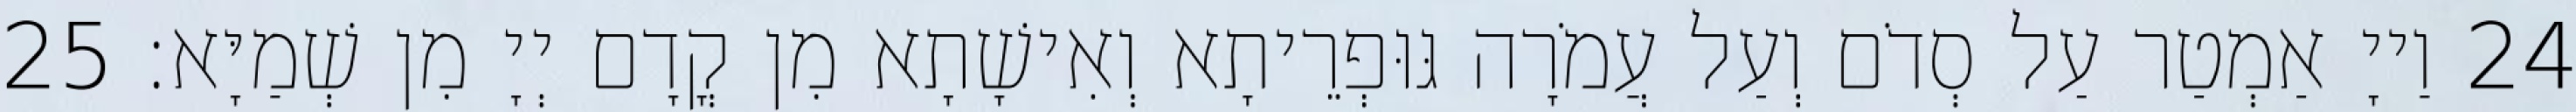
24 וַייָ אַמְטַר עַל סְדֹם וְעַל עֲמֹרָה גּוּפְרֵיתָא וְאִישָׁתָא מִן קֳדָם יְיָ מִן שְׁמַיָּא׃ 25